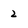
Character: 2